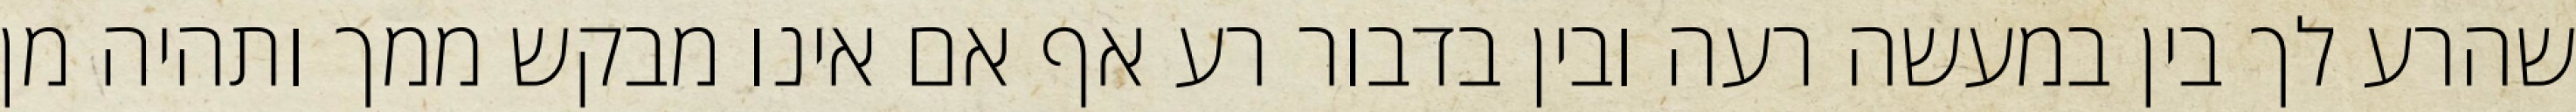
שהרע לך בין במעשה רעה ובין בדבור רע אף אם אינו מבקש ממך ותהיה מן